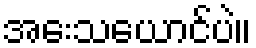
အေးသယောင်ပဲ။